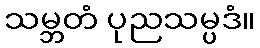
သမ္ဘတံ ပုညသမ္ပဒံ။